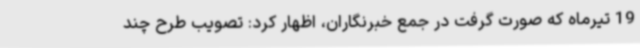
19 تیرماه که صورت گرفت در جمع خبرنگاران، اظهار کرد: تصویب طرح چند